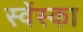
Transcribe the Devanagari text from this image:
स्वेंस्का